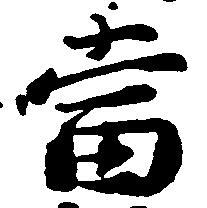
当